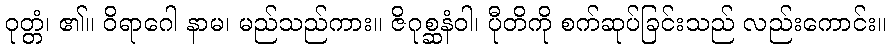
ဝုတ္တံ၊ ၏။ ဝိရာဂေါ နာမ၊ မည်သည်ကား။ ဇိဂုစ္ဆနံဝါ၊ ပီုတိကို စက်ဆုပ်ခြင်းသည် လည်းကောင်း။